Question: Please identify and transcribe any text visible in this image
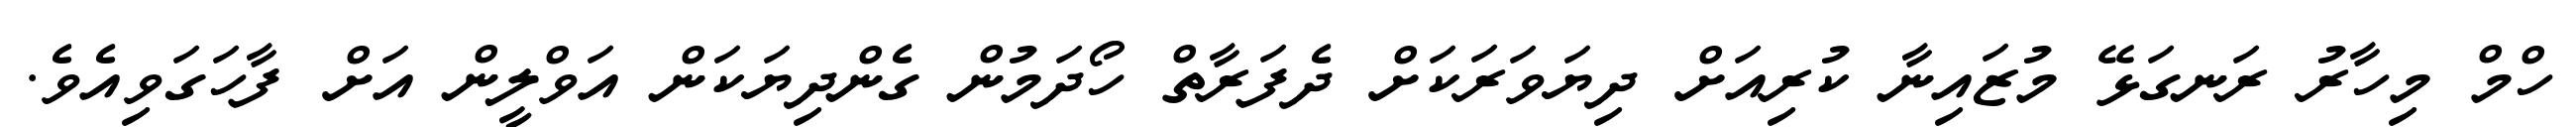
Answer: ހްމް މިހާރު ރަނގަޅޭ މުޒައިނާ ކުރިއަށް ދިޔަވަރަކަށް ދެފަރާތް ހޯދަމުން ގެންދިޔަކަން އަވްލީން އަށް ފާހަގަވިއެވެ.